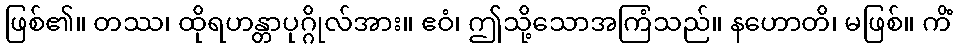
ဖြစ်၏။ တဿ၊ ထိုရဟန္တာပုဂ္ဂိုလ်အား။ ဧဝံ၊ ဤသို့သောအကြံသည်။ နဟောတိ၊ မဖြစ်။ ကိံ